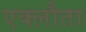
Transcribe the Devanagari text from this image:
एक्लौता